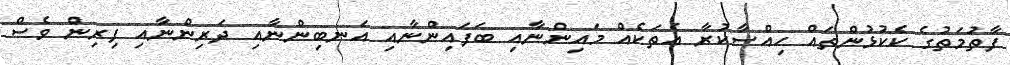
ފާތުމަތުގެ ކެކުޅުންތައް ހިއްސާކުރާ އެތަކެއް މައިންނާއި ބަފައިންނާއި އަނބިންނާއި ދަރިންނާއި ފިރިން ވެސް